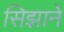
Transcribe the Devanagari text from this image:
सिझाने